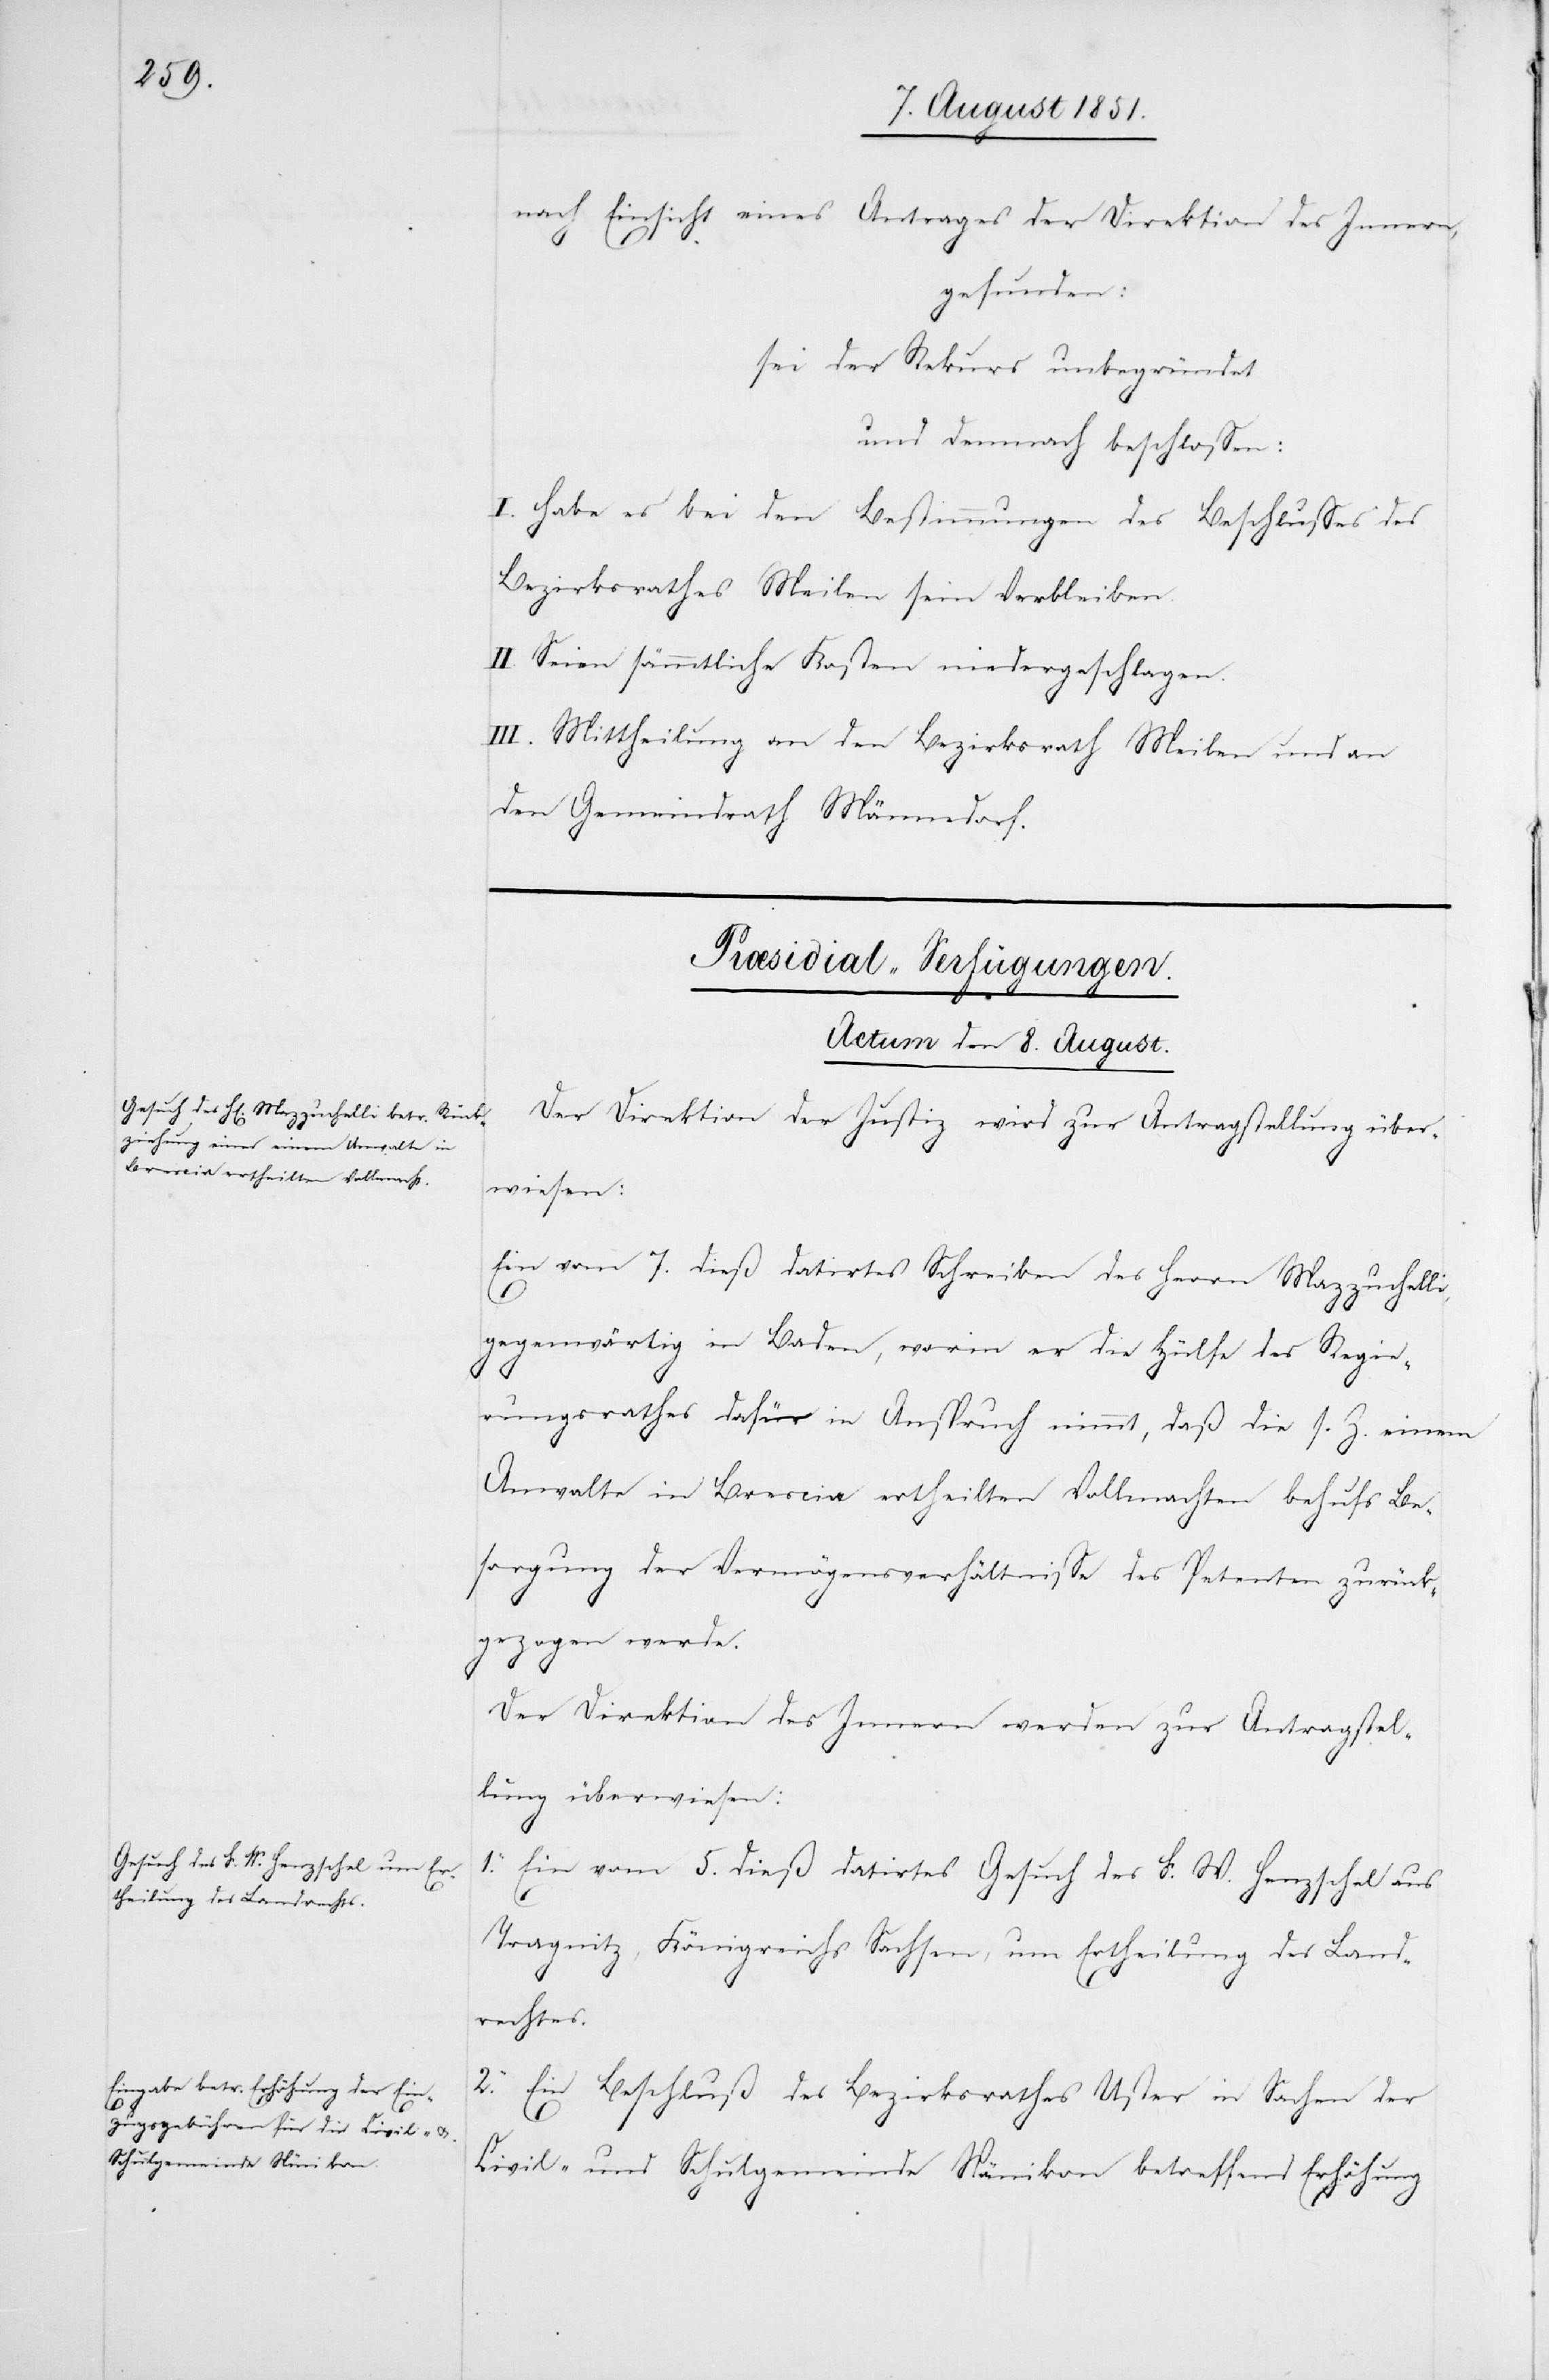
nach Einsicht eines Antrages der Direktion des Innern,
gefunden:
sei der Rekurs unbegründet
und demnach beschlossen:
I. Habe es bei den Bestimmungen des Beschlusses des
Bezirksrathes Meilen sein Verbleiben.
II. Seien sämmtliche Kosten niedergeschlagen.
III. Mittheilung an den Bezirksrath Meilen und an
den Gemeindrath Männedorf.
[Præsidial-Verfügungen.
Actum den 8. August.]
Der Direktion der Justiz wird zur Antragstellung über¬
wiesen:
Ein vom 7. dieß datirtes Schreiben des Herrn Mazzuchelli,
gegenwärtig in Baden, worin er die Hülfe des Regie¬
rungsrathes dafür in Anspruch nimmt, daß die s. Z. einem
Anwalte in Brescia ertheilten Vollmachten behufs Be¬
sorgung der Vermögensverhältnisse des Petenten zurück¬
gezogen werde.
Der Direktion des Innern werden zur Antragstel¬
lung überwiesen:
1.
Ein vom 5. dieß datirtes Gesuch des F. W. Henzschel aus
Tragnitz, Königreichs Sachsen, um Ertheilung des Land¬
rechtes.
2. Ein Beschluß des Bezirksrathes Uster in Sachen der
Civil- und Schulgemeinde Nänikon betreffend Erhöhung